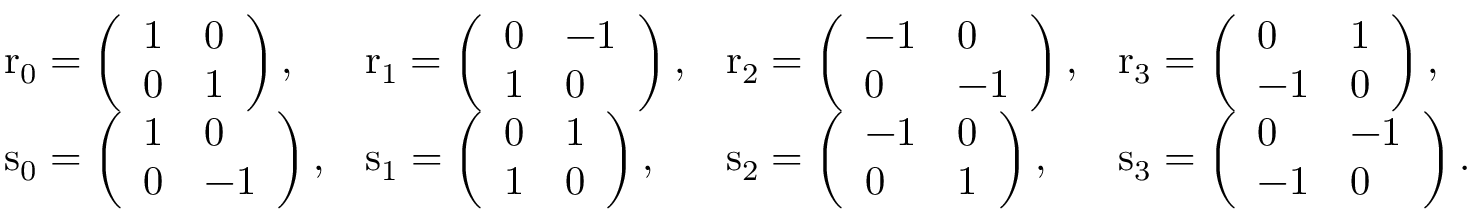
{ \begin{array} { l l l l } { \mathrm { r } _ { 0 } = \left( { \begin{array} { l l } { 1 } & { 0 } \\ { 0 } & { 1 } \end{array} } \right) , } & { \mathrm { r } _ { 1 } = \left( { \begin{array} { l l } { 0 } & { - 1 } \\ { 1 } & { 0 } \end{array} } \right) , } & { \mathrm { r } _ { 2 } = \left( { \begin{array} { l l } { - 1 } & { 0 } \\ { 0 } & { - 1 } \end{array} } \right) , } & { \mathrm { r } _ { 3 } = \left( { \begin{array} { l l } { 0 } & { 1 } \\ { - 1 } & { 0 } \end{array} } \right) , } \\ { \mathrm { s } _ { 0 } = \left( { \begin{array} { l l } { 1 } & { 0 } \\ { 0 } & { - 1 } \end{array} } \right) , } & { \mathrm { s } _ { 1 } = \left( { \begin{array} { l l } { 0 } & { 1 } \\ { 1 } & { 0 } \end{array} } \right) , } & { \mathrm { s } _ { 2 } = \left( { \begin{array} { l l } { - 1 } & { 0 } \\ { 0 } & { 1 } \end{array} } \right) , } & { \mathrm { s } _ { 3 } = \left( { \begin{array} { l l } { 0 } & { - 1 } \\ { - 1 } & { 0 } \end{array} } \right) . } \end{array} }